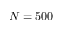
N = 5 0 0